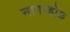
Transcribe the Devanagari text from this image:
नागरहोळ